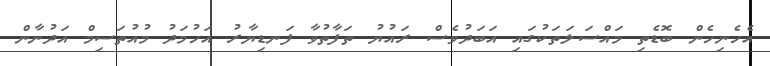
އެހެނިހެން ބޮޑެތި މައްސަލަތަކުގައި އަބަދުވެސް ރައުޔު ތަފާތުވާ ފަނޑިޔާރު އަހުމަދު މުއުތަސިމް އަދުނާން